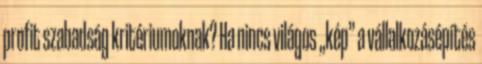
profit szabadság kritériumoknak? Ha nincs világos „kép” a vállalkozásépítés